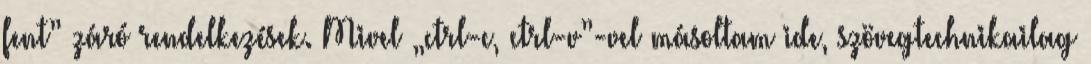
fent” záró rendelkezések. Mivel „ctrl-c, ctrl-v”-vel másoltam ide, szövegtechnikailag